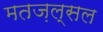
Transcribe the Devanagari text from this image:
मतज़ल्सल